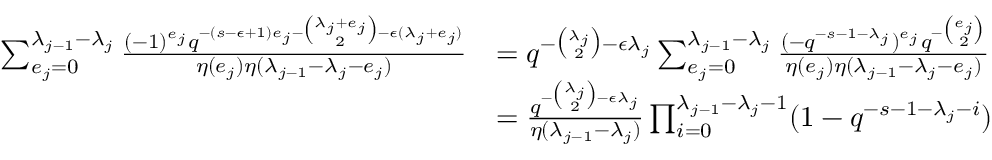
\begin{array} { r l } { \sum _ { e _ { j } = 0 } ^ { \lambda _ { j - 1 } - \lambda _ { j } } \frac { ( - 1 ) ^ { e _ { j } } q ^ { - ( s - \epsilon + 1 ) e _ { j } - \binom { \lambda _ { j } + e _ { j } } { 2 } - \epsilon ( \lambda _ { j } + e _ { j } ) } } { \eta ( e _ { j } ) \eta ( \lambda _ { j - 1 } - \lambda _ { j } - e _ { j } ) } } & { = q ^ { - \binom { \lambda _ { j } } { 2 } - \epsilon \lambda _ { j } } \sum _ { e _ { j } = 0 } ^ { \lambda _ { j - 1 } - \lambda _ { j } } \frac { ( - q ^ { - s - 1 - \lambda _ { j } } ) ^ { e _ { j } } q ^ { - \binom { e _ { j } } { 2 } } } { \eta ( e _ { j } ) \eta ( \lambda _ { j - 1 } - \lambda _ { j } - e _ { j } ) } } \\ & { = \frac { q ^ { - \binom { \lambda _ { j } } { 2 } - \epsilon \lambda _ { j } } } { \eta ( \lambda _ { j - 1 } - \lambda _ { j } ) } \prod _ { i = 0 } ^ { \lambda _ { j - 1 } - \lambda _ { j } - 1 } ( 1 - q ^ { - s - 1 - \lambda _ { j } - i } ) } \end{array}